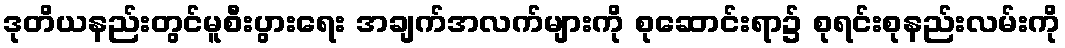
ဒုတိယနည်းတွင်မူစီးပွားရေး အချက်အလက်များကို စုဆောင်းရာ၌ စုရင်းစုနည်းလမ်းကို